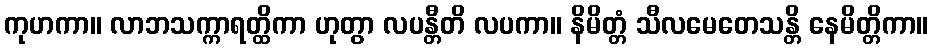
ကုဟကာ။ လာဘသက္ကာရတ္ထိကာ ဟုတွာ လပန္တီတိ လပကာ။ နိမိတ္တံ သီလမေတေသန္တိ နေမိတ္တိကာ။